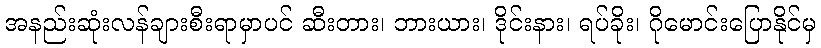
အနည်းဆုံးလန်ချားစီးရာမှာပင် ဆီးတား၊ ဘားယား၊ ဒိုင်းနား၊ ရပ်ခိုး၊ ဂိုမောင်းပြောနိုင်မှ